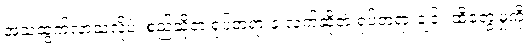
အသံထွက်လာသလိုပဲ၊ စည်ဆိုတဲ့ ရုပ်တရားနဲ့ လက်ဆိုတဲ့ ရုပ်တရားချင်း ထိတွေ့မှုကို